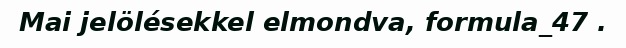
Mai jelölésekkel elmondva, formula_47 .